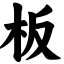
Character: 板